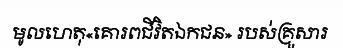
មូលហេតុ«គោរពជីវិតឯកជន» របស់គ្រួសារ